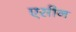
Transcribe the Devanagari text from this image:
एसीन